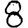
Digit: 8